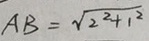
A B = \sqrt { 2 ^ { 2 } + 1 ^ { 2 } }